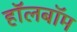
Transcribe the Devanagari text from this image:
हॉलबॉम